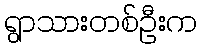
ရွာသားတစ်ဦးက